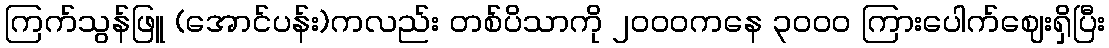
ကြက်သွန်ဖြူ (အောင်ပန်း)ကလည်း တစ်ပိသာကို ၂၀၀၀ကနေ ၃၀၀၀ ကြားပေါက်ဈေးရှိပြီး